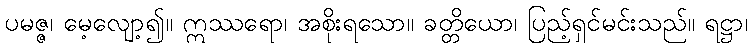
ပမဇ္ဇ၊ မေ့လျော့၍။ ဣဿရော၊ အစိုးရသော။ ခတ္တိယော၊ ပြည့်ရှင်မင်းသည်။ ရဋ္ဌာ၊